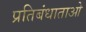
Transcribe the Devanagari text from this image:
प्रतिबंधाताओ